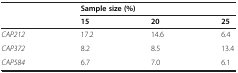
<table><thead><tr><td rowspan="2"></td><td colspan="3"><b>Sample size (%)</b></td></tr><tr><td><b>15</b></td><td><b>20</b></td><td><b>25</b></td></tr></thead><tbody><tr><td><i>CAP212</i></td><td>17.2</td><td>14.6</td><td>6.4</td></tr><tr><td><i>CAP372</i></td><td>8.2</td><td>8.5</td><td>13.4</td></tr><tr><td><i>CAP584</i></td><td>6.7</td><td>7.0</td><td>6.1</td></tr></tbody></table>